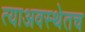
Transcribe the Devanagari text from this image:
त्याअवस्थेतच